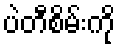
ပဲတီစိမ်းကို